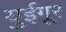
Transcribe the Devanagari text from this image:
युईगूर